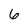
Character: 6